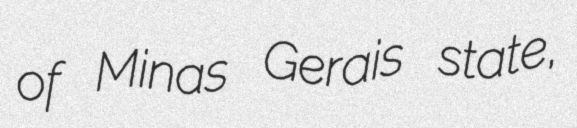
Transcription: of Minas Gerais state,